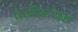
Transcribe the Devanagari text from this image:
पैरासिटॉइड